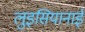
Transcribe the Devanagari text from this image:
लुइसियानाई